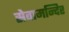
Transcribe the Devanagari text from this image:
सेवामन्दिर